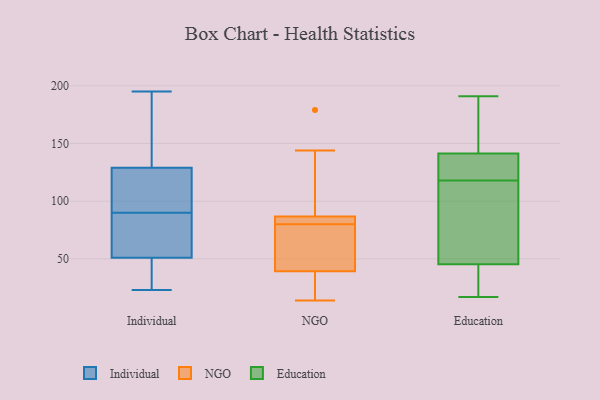
{"axis": {"x": "Page Views", "y": "Value"}, "legend": ["Education", "Individual", "NGO"], "data": [{"x": "", "y": 121, "type": "Individual"}, {"x": "", "y": 40, "type": "Individual"}, {"x": "", "y": 195, "type": "Individual"}, {"x": "", "y": 191, "type": "Individual"}, {"x": "", "y": 79, "type": "Individual"}, {"x": "", "y": 23, "type": "Individual"}, {"x": "", "y": 137, "type": "Individual"}, {"x": "", "y": 24, "type": "Individual"}, {"x": "", "y": 62, "type": "Individual"}, {"x": "", "y": 85, "type": "Individual"}, {"x": "", "y": 115, "type": "Individual"}, {"x": "", "y": 95, "type": "Individual"}, {"x": "", "y": 179, "type": "NGO"}, {"x": "", "y": 83, "type": "NGO"}, {"x": "", "y": 26, "type": "NGO"}, {"x": "", "y": 88, "type": "NGO"}, {"x": "", "y": 14, "type": "NGO"}, {"x": "", "y": 144, "type": "NGO"}, {"x": "", "y": 80, "type": "NGO"}, {"x": "", "y": 80, "type": "NGO"}, {"x": "", "y": 35, "type": "NGO"}, {"x": "", "y": 52, "type": "NGO"}, {"x": "", "y": 67, "type": "NGO"}, {"x": "", "y": 179, "type": "Education"}, {"x": "", "y": 17, "type": "Education"}, {"x": "", "y": 130, "type": "Education"}, {"x": "", "y": 191, "type": "Education"}, {"x": "", "y": 133, "type": "Education"}, {"x": "", "y": 166, "type": "Education"}, {"x": "", "y": 118, "type": "Education"}, {"x": "", "y": 43, "type": "Education"}, {"x": "", "y": 56, "type": "Education"}, {"x": "", "y": 90, "type": "Education"}, {"x": "", "y": 19, "type": "Education"}, {"x": "", "y": 125, "type": "Education"}, {"x": "", "y": 46, "type": "Education"}]}